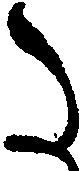
た